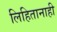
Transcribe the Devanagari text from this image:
लिहितानाही